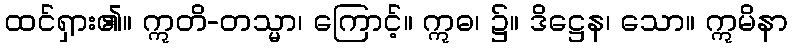
ထင်ရှား၏။ ဣတိ-တသ္မာ၊ ကြောင့်။ ဣဓ၊ ၌။ ဒိဋ္ဌေန၊ သော။ ဣမိနာ